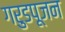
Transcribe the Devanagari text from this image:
गरुडपूजन